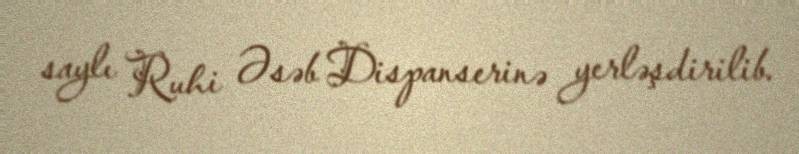
saylı Ruhi Əsəb Dispanserinə yerləşdirilib.